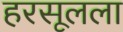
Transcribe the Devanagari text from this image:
हरसूलला